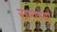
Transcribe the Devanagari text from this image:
रानाच्या